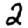
Digit: 2